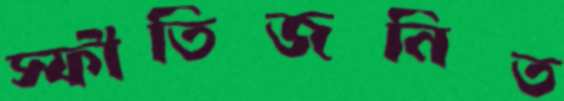
স্ফীতিজনিত